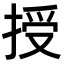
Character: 授